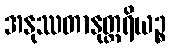
အနုဿတာနုတ္တရိယဉ္စ